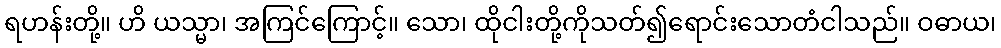
ရဟန်းတို့။ ဟိ ယသ္မာ၊ အကြင်ကြောင့်။ သော၊ ထိုငါးတို့ကိုသတ်၍ရောင်းသောတံငါသည်။ ဝဓာယ၊